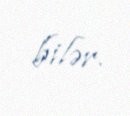
bilər.